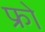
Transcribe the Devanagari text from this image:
फ्रो